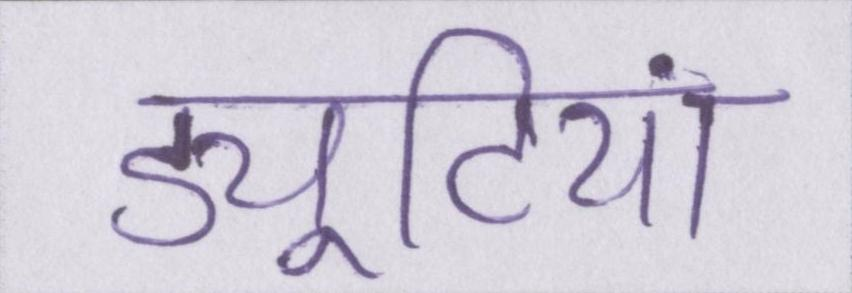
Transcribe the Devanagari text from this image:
ड्यूटियां